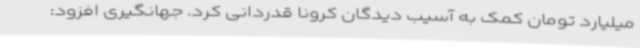
میلیارد تومان کمک به آسیب دیدگان کرونا قدردانی کرد. جهانگیری افزود: